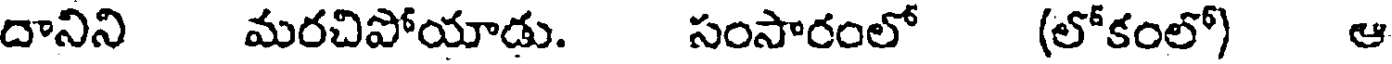
దానిని మరచిపోయాడు. సంసారంలో (లోకంలో) ఆ